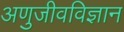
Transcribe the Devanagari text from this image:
अणुजीवविज्ञान